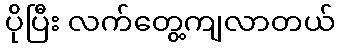
ပိုပြီး လက်တွေ့ကျလာတယ်